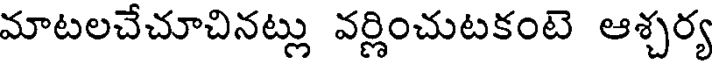
మాటలచేచూచినట్లు వర్ణించుటకంటె ఆశ్చర్య